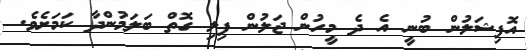
އޮފިޝަލުން ބުނީ އެ ދެ މީހުން ޖަލުން ފިލި ގޮތް ބަލަމުންދާ ކަމަށެވެ.